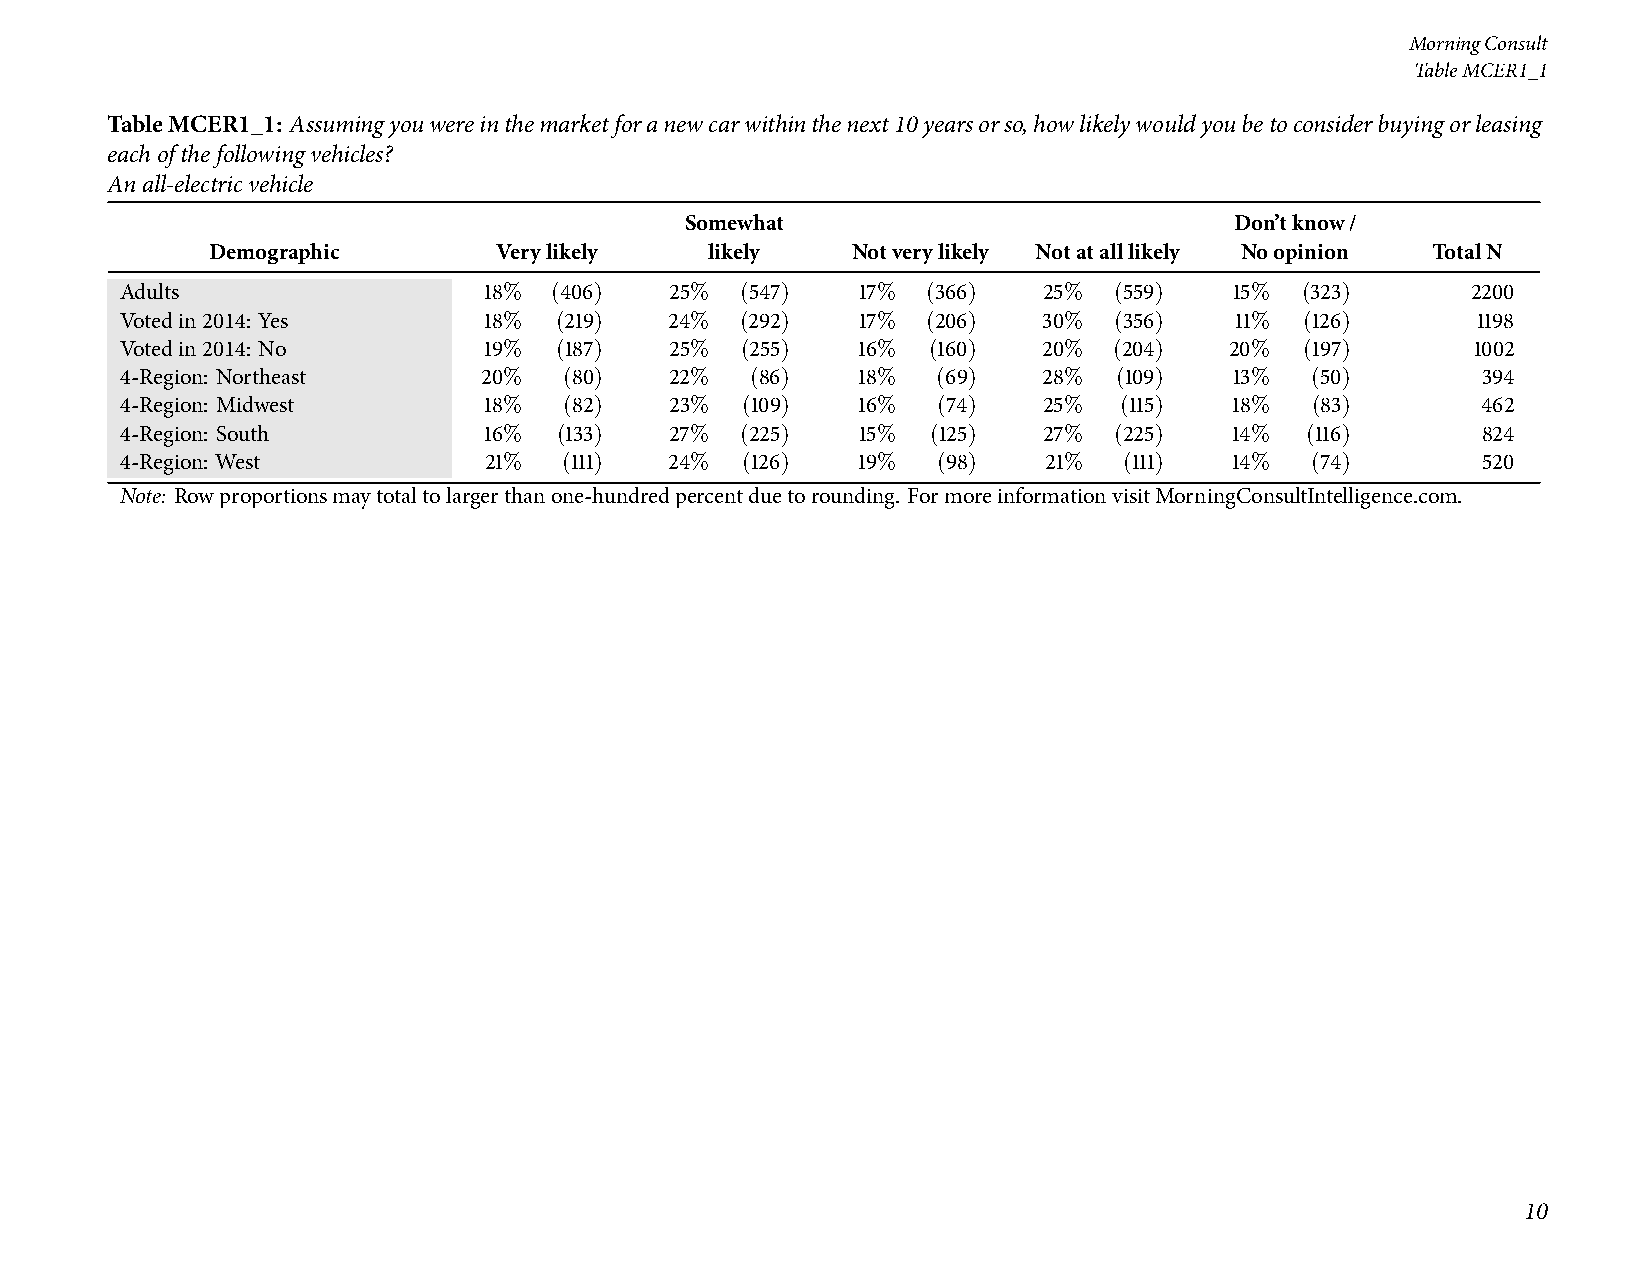
MorningConsult
 TableMCER1_1
 TableMCER1_1: Assumingyouwereinthemarketforanewcarwithinthenext10yearsorso,howlikelywouldyoubetoconsiderbuyingorleasing
 eachofthefollowingvehicles?
 Anall-electricvehicle
 Somewhat                             Don’tknow/
 Demographic        Verylikely    likely   Notverylikely Notatalllikely Noopinion TotalN
 Adults                  18% (406)   25%  (547)   17% (366)   25%  (559)   15% (323)      2200
 Votedin2014: Yes        18%  (219)  24%  (292)   17% (206)   30%  (356)   11% (126)       1198
 Votedin2014: No         19%  (187)  25%  (255)   16% (160)   20%  (204)  20%  (197)       1002
 4-Region: Northeast     20%  (80)   22%   (86)   18%  (69)   28%  (109)   13%  (50)       394
 4-Region: Midwest       18%  (82)   23%  (109)   16%  (74)   25%  (115)   18%  (83)       462
 4-Region: South         16%  (133)  27%  (225)   15%  (125)  27%  (225)  14%  (116)       824
 4-Region: West          21%  (111)  24%  (126)   19%  (98)   21%  (111)  14%   (74)       520
 Note: Rowproportionsmaytotaltolargerthanone-hundredpercentduetorounding. FormoreinformationvisitMorningConsultIntelligence.com.
 10